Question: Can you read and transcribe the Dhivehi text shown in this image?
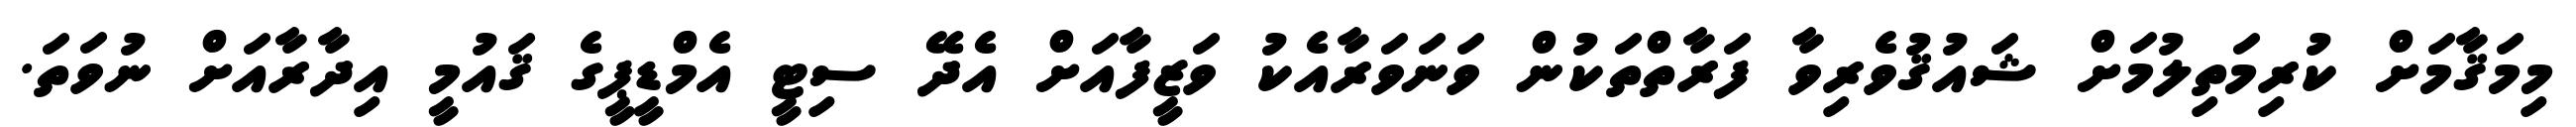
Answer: މިމަޤާމަށް ކުރިމަތިލުމަށް ޝައުޤުވެރިވާ ފަރާތްތަކުން ވަނަވަރާއެކު ވަޒީފާއަށް އެދޭ ސިޓީ އެމްޑީޕީގެ ޤައުމީ އިދާރާއަށް ނުވަތަ.